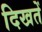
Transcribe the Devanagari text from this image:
दिखतें